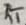
Text: RT